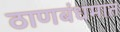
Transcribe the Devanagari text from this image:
ठाणबंधमात